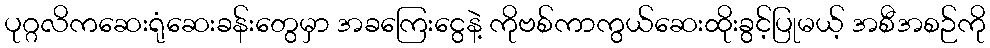
ပုဂ္ဂလိကဆေးရုံဆေးခန်းတွေမှာ အခကြေးငွေနဲ့ ကိုဗစ်ကာကွယ်ဆေးထိုးခွင့်ပြုမယ့် အစီအစဉ်ကို